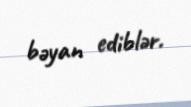
bəyan ediblər.